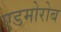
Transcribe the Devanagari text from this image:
एडमोरोब